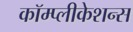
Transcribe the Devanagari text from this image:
कॉम्प्लीकेशन्स